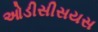
ઓડીસીસયસ